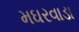
મઘરવાડા